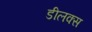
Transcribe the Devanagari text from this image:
डीलक्‍स